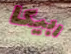
ربيكا